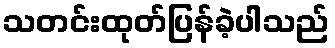
သတင်းထုတ်ပြန်ခဲ့ပါသည်